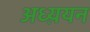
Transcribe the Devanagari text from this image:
अध्य़यन